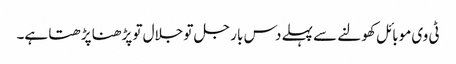
ٹی وی موبائل کھولنے سے پہلے دس بار جل تو جلال تو پڑھنا پڑھتا ہے۔